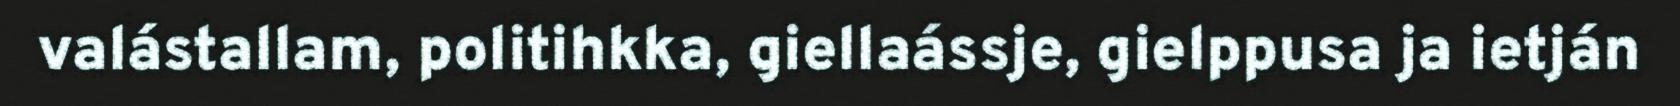
valástallam, politihkka, giellaássje, gielppusa ja ietján